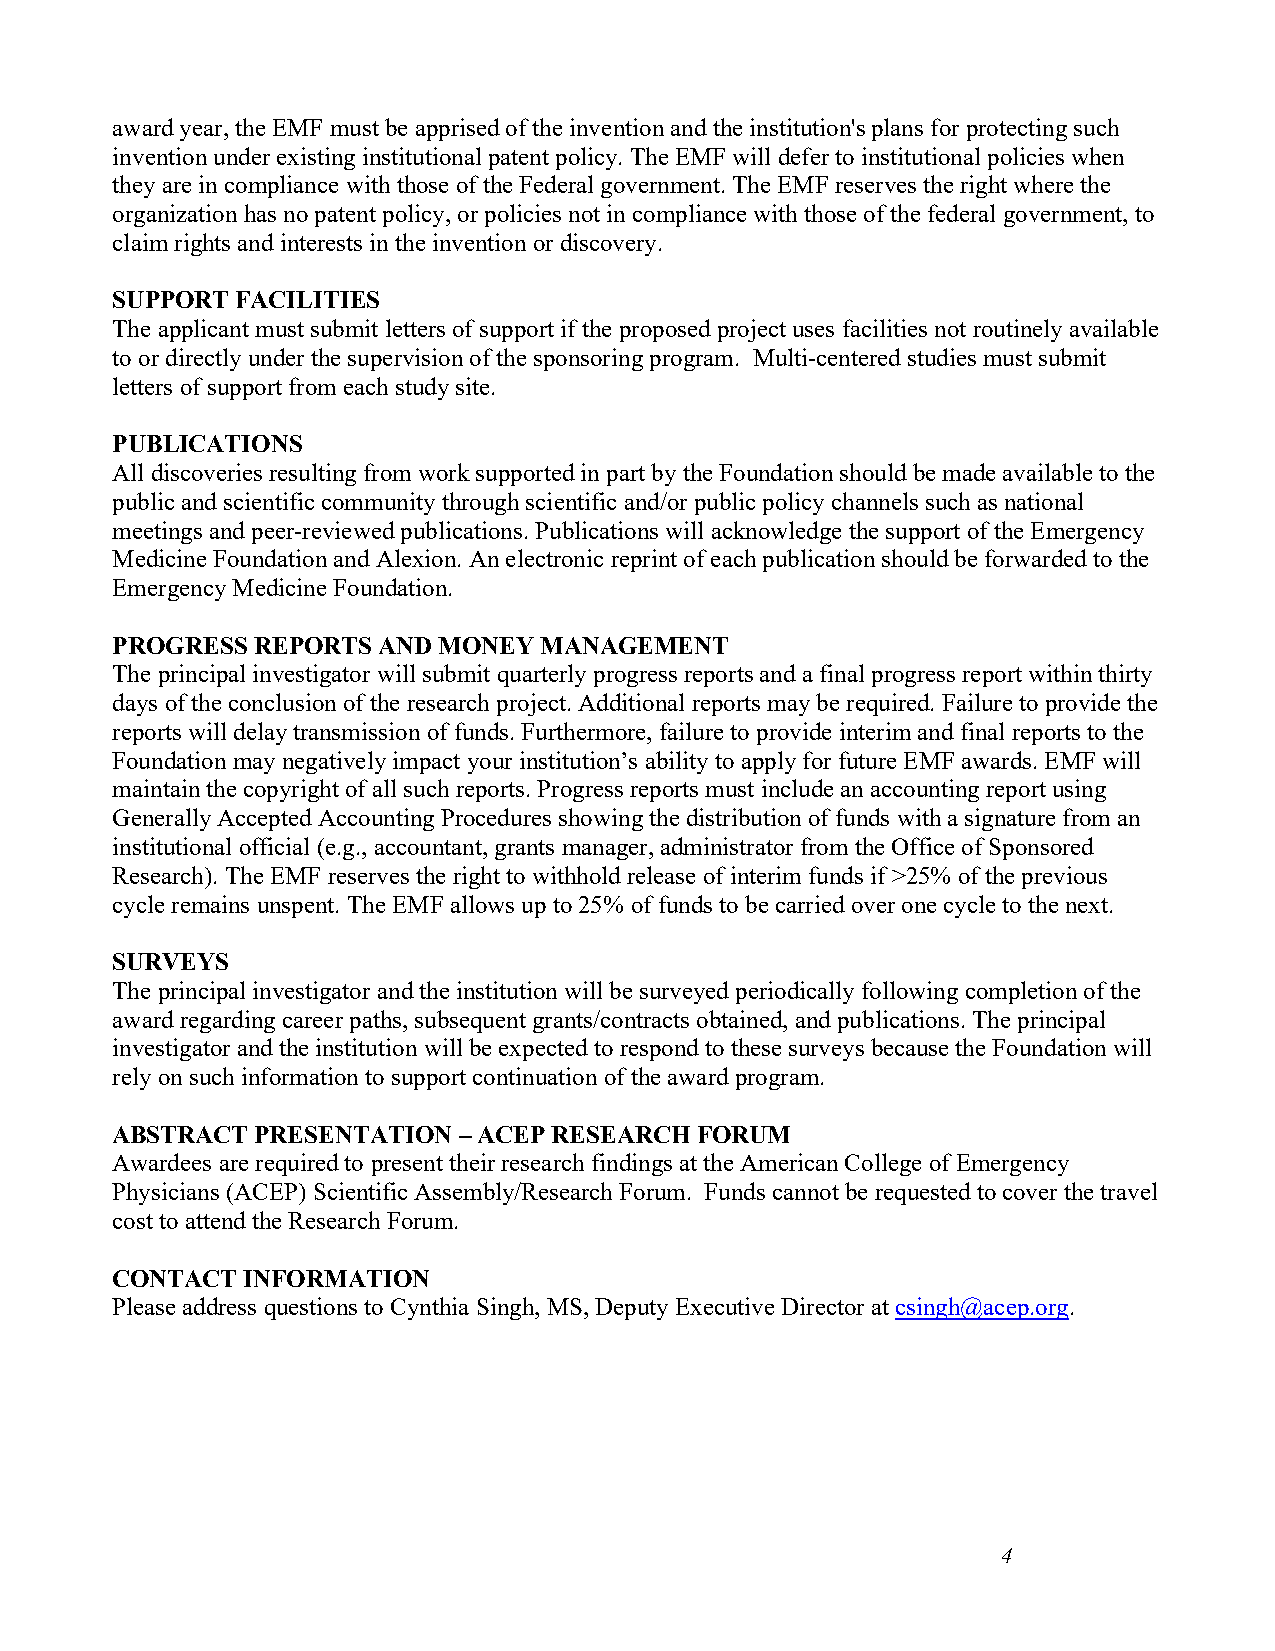
award year, the EMF must be apprised of the invention and the institution's plans for protecting such
 invention under existing institutional patent policy. The EMF will defer to institutional policies when
 they are in compliance with those of the Federal government. The EMF reserves the right where the
 organization has no patent policy, or policies not in compliance with those of the federal government, to
 claim rights and interests in the invention or discovery.
 SUPPORT  FACILITIES
 The applicant must submit letters of support if the proposed project uses facilities not routinely available
 to or directly under the supervision of the sponsoring program. Multi-centered studies must submit
 letters of support from each study site.
 PUBLICATIONS
 All discoveries resulting from work supported in part by the Foundation should be made available to the
 public and scientific community through scientific and/or public policy channels such as national
 meetings and peer-reviewed publications. Publications will acknowledge the support of the Emergency
 Medicine Foundation and Alexion. An electronic reprint of each publication should be forwarded to the
 Emergency Medicine Foundation.
 PROGRESS  REPORTS AND MONEY  MANAGEMENT
 The principal investigator will submit quarterly progress reports and a final progress report within thirty
 days of the conclusion of the research project. Additional reports may be required. Failure to provide the
 reports will delay transmission of funds. Furthermore, failure to provide interim and final reports to the
 Foundation may negatively impact your institution’s ability to apply for future EMF awards. EMF will
 maintain the copyright of all such reports. Progress reports must include an accounting report using
 Generally Accepted Accounting Procedures showing the distribution of funds with a signature from an
 institutional official (e.g., accountant, grants manager, administrator from the Office of Sponsored
 Research). The EMF reserves the right to withhold release of interim funds if >25% of the previous
 cycle remains unspent. The EMF allows up to 25% of funds to be carried over one cycle to the next.
 SURVEYS
 The principal investigator and the institution will be surveyed periodically following completion of the
 award regarding career paths, subsequent grants/contracts obtained, and publications. The principal
 investigator and the institution will be expected to respond to these surveys because the Foundation will
 rely on such information to support continuation of the award program.
 ABSTRACT  PRESENTATION – ACEP RESEARCH FORUM
 Awardees are required to present their research findings at the American College of Emergency
 Physicians (ACEP) Scientific Assembly/Research Forum. Funds cannot be requested to cover the travel
 cost to attend the Research Forum.
 CONTACT  INFORMATION
 Please address questions to Cynthia Singh, MS, Deputy Executive Director at csingh@acep.org.
 4